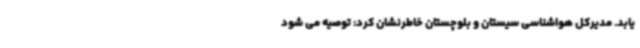
یابد. مدیرکل هواشناسی سیستان و بلوچستان خاطرنشان کرد: توصیه می شود